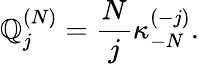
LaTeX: \mathbb{Q}_{j}^{(N)}=\frac{{N}}{{j}}\kappa_{-N}^{(-j)}.